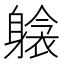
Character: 𲄫